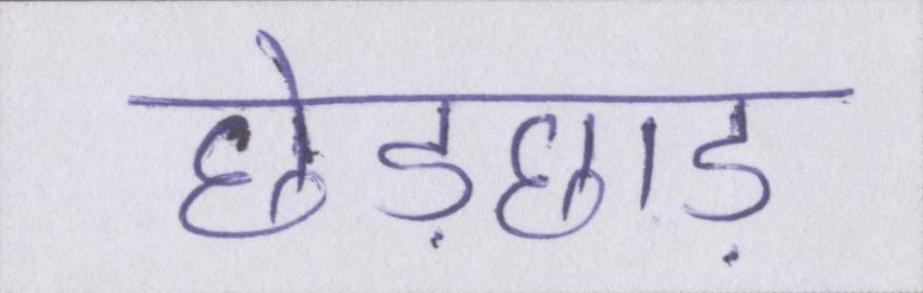
छेड़छाड़